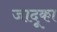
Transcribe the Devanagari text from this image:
जादूका